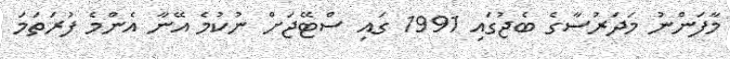
މާފަންނު މަދަރުސާގެ ބެޖުގައި 1991 ގައި ސްޓޭޖަށް ނުކުމެ އޭނާ އެންމެ ފުރަތަމަ